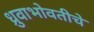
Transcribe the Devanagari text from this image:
ध्रुवाभोवतीचे